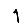
Digit: 1